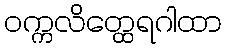
ဝက္ကလိတ္ထေရဂါထာ